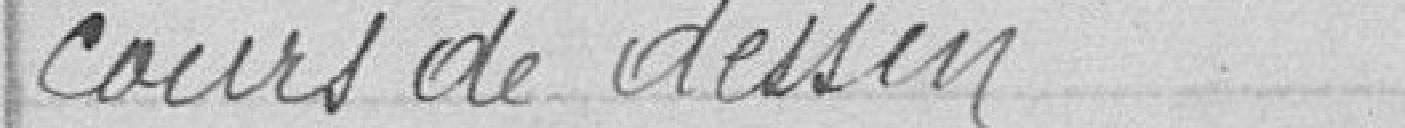
cours de dessin